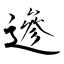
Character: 遪